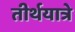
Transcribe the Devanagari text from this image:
तीर्थयात्रे